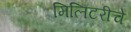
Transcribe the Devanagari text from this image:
मिलिटरीचे